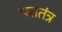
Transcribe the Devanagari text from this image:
परातंत्र